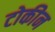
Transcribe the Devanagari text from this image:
टोकीन